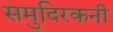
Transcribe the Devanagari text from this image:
समुदिरकनी